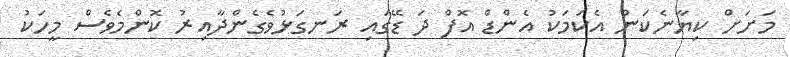
މަށަށް ކިޔާނެކަން އެކަމަކު އެންޑް އޮފް ދަ ޑޭގައި ރަނގަޅުވެގެންދާއިރު ކޮންމެވެސް މީހަކު